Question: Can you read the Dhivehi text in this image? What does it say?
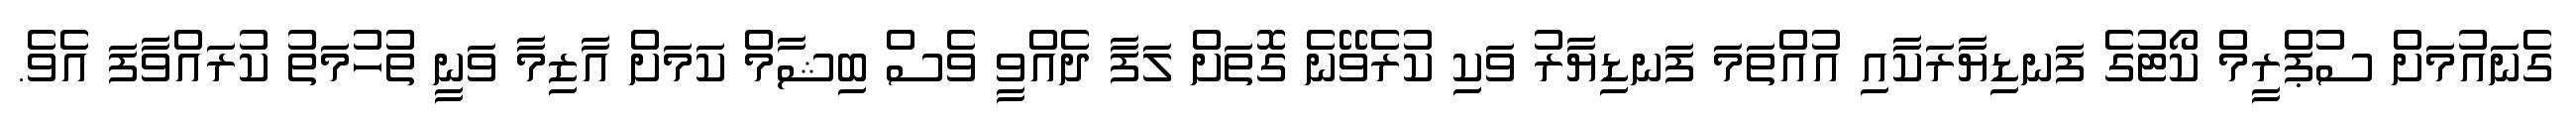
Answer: ގެނައުމަށް ސުޕްރީމް ކޯޓުގެ ފަނޑިޔާރަކާއި އުއްތަމަ ފަނޑިޔާރު ވަކި ކުރެވޭނެ ގޮތަށް ލަފާ ދެއްވީ ވެސް ބިޝާމް ކަމަށް އާޒިމާ ވަނީ ތުހުމަތު ކުރައްވާފަ އެވެ.